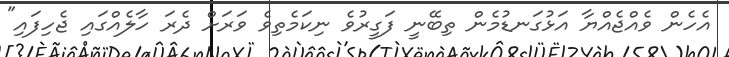
އެހެން ވެއްޖެއްޔާ އަޅުގަނޑުމެން ތިބޭނީ ފަގީރުވެ ނިކަމެތިވެ ވަރަށް ދެރަ ހާލެއްގައި ޖެހިފައި"